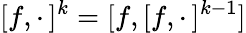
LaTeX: [f,\cdot\, ]^{k}=[f,[f,\cdot\, ]^{k-1}]